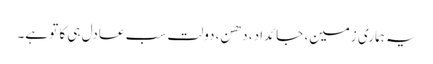
یہ ہماری زمین، جائداد، دھن، دولت سب عادل ہی کا تو ہے۔